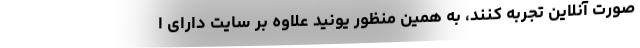
صورت آنلاین تجربه کنند، به همین منظور یونید علاوه بر سایت دارای ا